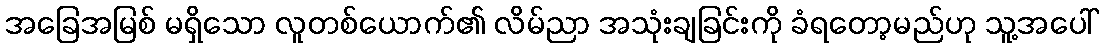
အခြေအမြစ် မရှိသော လူတစ်ယောက်၏ လိမ်ညာ အသုံးချခြင်းကို ခံရတော့မည်ဟု သူ့အပေါ်